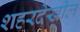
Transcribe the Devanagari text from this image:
शहरदेखील